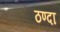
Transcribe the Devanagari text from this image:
ठण्दा